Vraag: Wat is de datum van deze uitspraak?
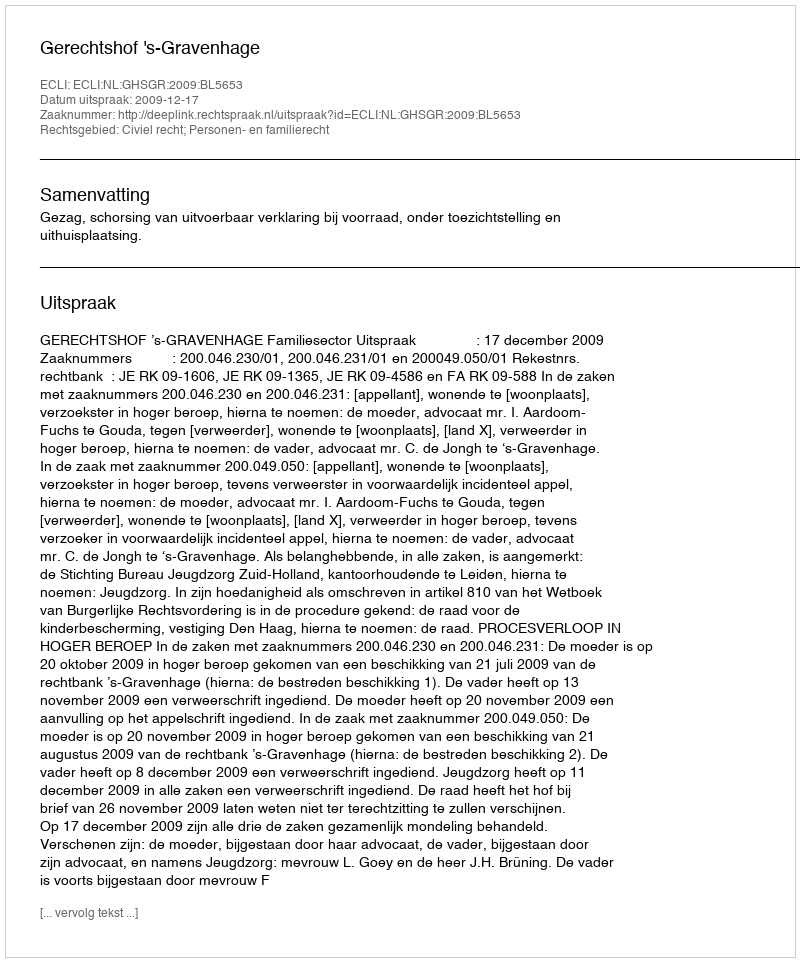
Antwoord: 2009-12-17